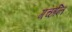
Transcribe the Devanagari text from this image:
गच्छन्ति